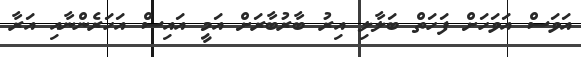
އަވަސް އަވަހަށް ފަހަތް ބަލާލި އިރު ބާރުބާރަށް އަމީ އައިސް އަހަރެންނާއި އަރާ